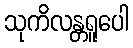
သုကိလန္တရူပေါ